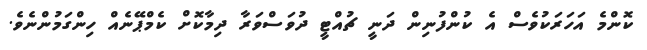
ކޮންމެ އަހަރަކުވެސް އެ ކުންފުނިން ދަނީ ޗުއްޓީ ދުވަސްވަރާ ދިމާކޮށް ކެމްޕޭނެއް ހިންގަމުންނެވެ.